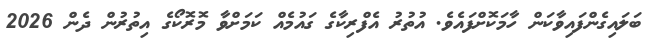
ބަލައިގެންފައިވާކަން ހާމަކޮށްފައެވެ. އުތުރު އެފްރިކާގެ ގައުމެއް ކަމަށްވާ މޮރޮކޯގެ އިތުރުން ދެން 2026